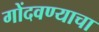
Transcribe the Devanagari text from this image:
गोंदवण्याचा